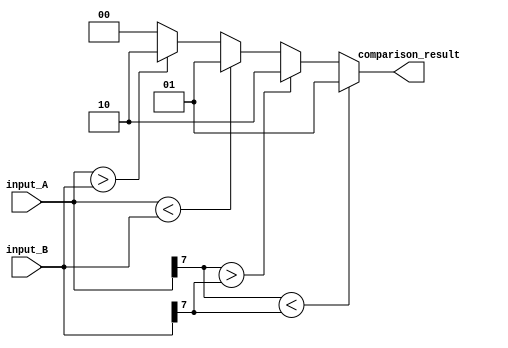
module signed_magnitude_comparator (
    input signed [7:0] input_A,
    input signed [7:0] input_B,
    output reg [1:0] comparison_result
);

always @* begin
    if (input_A[7] < input_B[7]) comparison_result = 2'b01; // Input A is less than Input B
    else if (input_A[7] > input_B[7]) comparison_result = 2'b10; // Input A is greater than Input B
    else begin
        if (input_A < input_B) comparison_result = 2'b01; // Input A is less than Input B
        else if (input_A > input_B) comparison_result = 2'b10; // Input A is greater than Input B
        else comparison_result = 2'b00; // Input A is equal to Input B
    end
end

endmodule